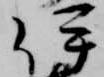
伊